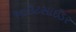
આઉટસાઈડર